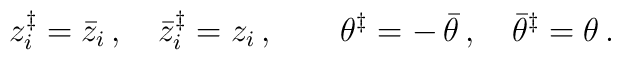
z_i ^\ddagger = \bar{z}_i \,, \quad\bar{z}_i ^\ddagger = z_i \,, \quad \quad  \theta^\ddagger = -\, \bar{\theta} \,,\quad\bar{\theta}^\ddagger = \theta \,.